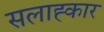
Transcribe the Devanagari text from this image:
सलाह्कार